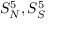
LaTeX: S _ { N } ^ { 5 } , S _ { S } ^ { 5 }